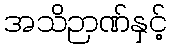
အသိဉာဏ်နှင့်